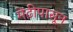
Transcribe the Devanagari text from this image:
मेंढीपासून